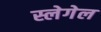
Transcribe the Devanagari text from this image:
स्लेगेल